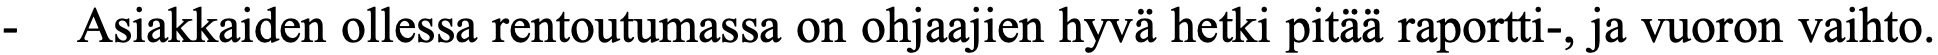
-  Asiakkaiden ollessa rentoutumassa on ohjaajien hyvä hetki pitää raportti-, ja vuoron vaihto.